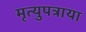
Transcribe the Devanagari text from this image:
मृत्युपत्राया